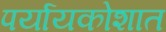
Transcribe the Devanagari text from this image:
पर्यायकोशात